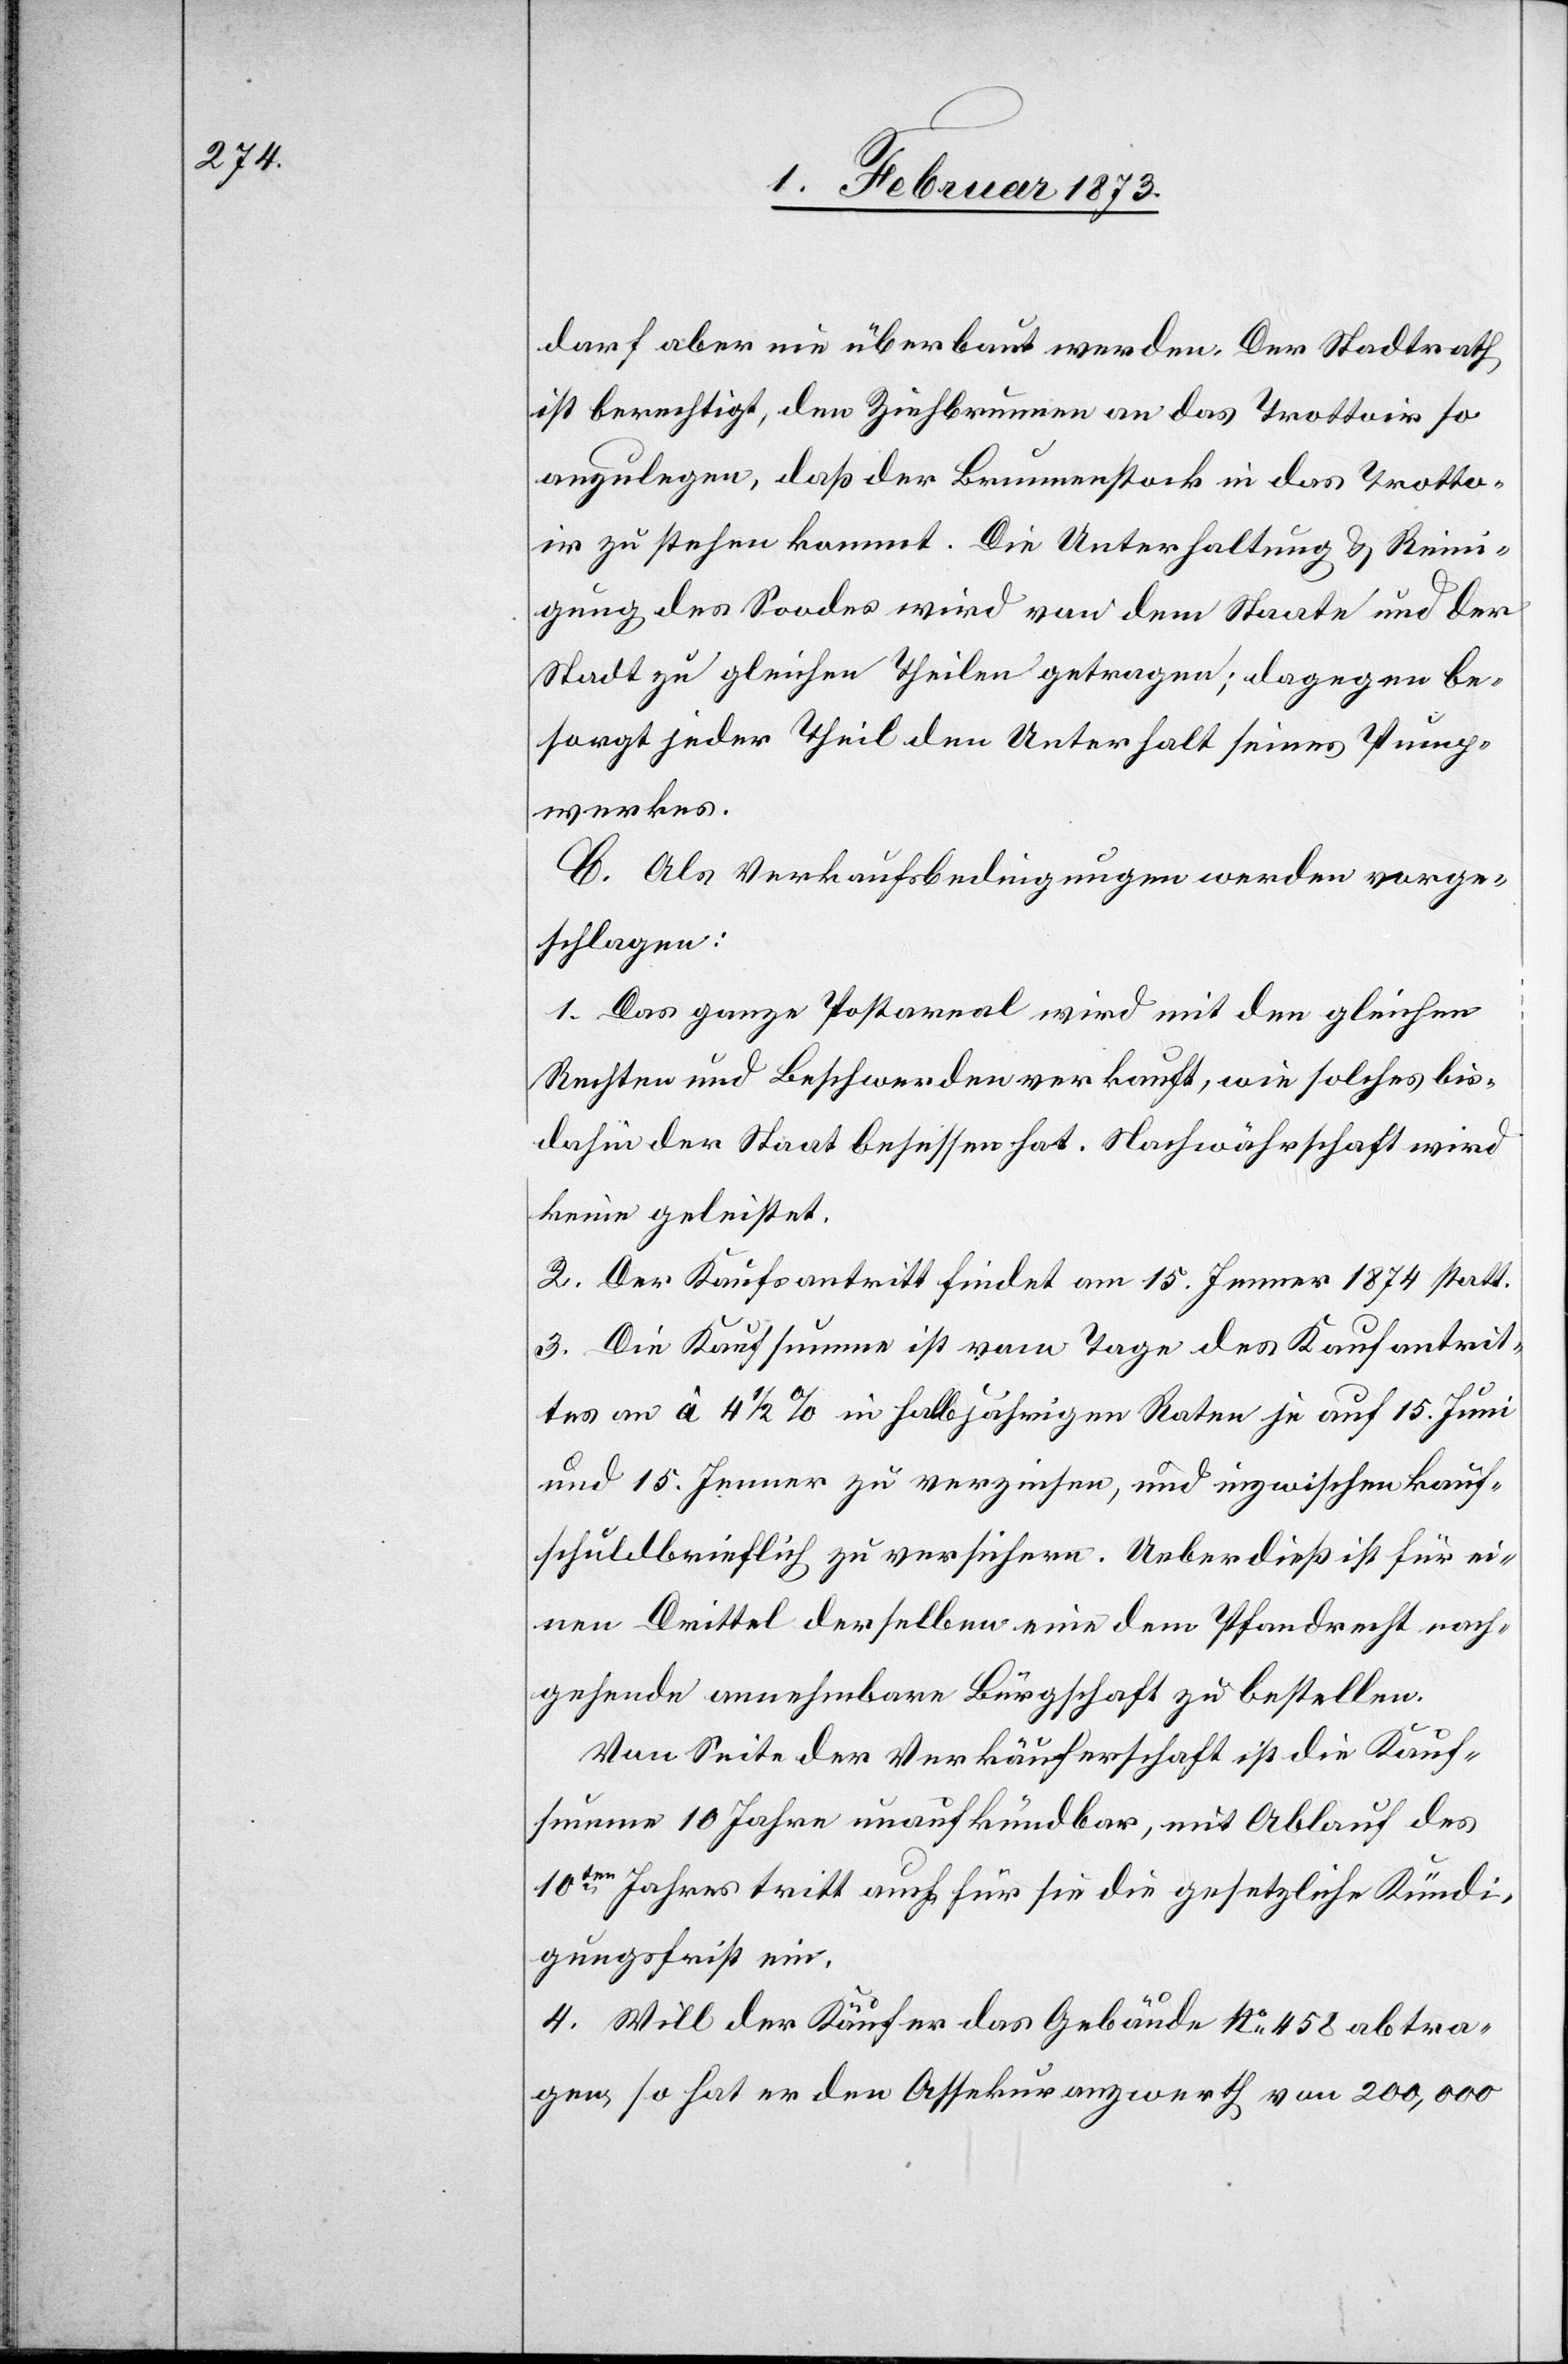
darf aber nie überbaut werden. Der Stadtrath
ist berechtigt, den Ziehbrunnen an das Trottoir so
anzulegen, daß der Brunnenstock in das Trotto¬
ir zu stehen kommt. Die Unterhaltung u. Reini¬
gung des Soodes wird von dem Staate und der
Stadt zu gleichen Theilen getragen; dagegen be¬
sorgt jeder Theil den Unterhalt seines Pump¬
werkes.
C. Als Verkaufsbedingungen werden vorge¬
schlagen:
1. Das ganze Postareal wird mit den gleichen
Rechten und Beschwerden verkauft, wie solches bis
dahin der Staat besessen hat. Nachwährschaft wird
keine geleistet.
2. Der Kaufsantritt findet am 15. Jenner 1874 statt.
3. Die Kaufsumme ist vom Tage des Kaufantrit¬
tes an à 4 1/2 in halbjährigen Raten je auf 15. Juni
und 15. Jenner zu verzinsen, und inzwischen kauf¬
schuldbrieflich zu versichern. Ueberdieß ist für ei¬
nen Drittel derselben eine dem Pfandrecht nach¬
gehende annehmbare Bürgschaft zu bestellen.
Von Seite der Verkäuferschaft ist die Kauf¬
summe 10 Jahre unaufkündbar, mit Ablauf des
10ten Jahres tritt auch für sie die gesetzliche Kündi¬
gungsfrist ein.
4. Will der Käufer das Gebäude No. 458 abtra¬
gen, so hat er den Assekuranzwerth von 200,000